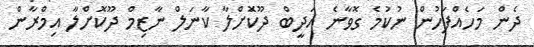
ދެން މަހެއްފަހުން ނުކުމެ ގޮވާނެ އަދީބް ދޫކޮަށްލާ ކާނަލް ނާޒިމް ދޫކޮށްލާ އިމްރާން